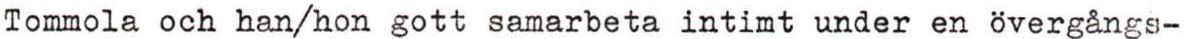
Tommola och han/hon gott samarbeta intimt under en övergångs-